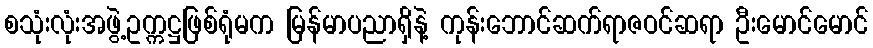
စသုံးလုံးအဖွဲ့ဥက္ကဋ္ဌဖြစ်ရုံမက မြန်မာပညာရှိနဲ့ ကုန်းဘောင်ဆက်ရာဇဝင်ဆရာ ဦးမောင်မောင်